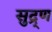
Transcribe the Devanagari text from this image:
सुद्र्ण